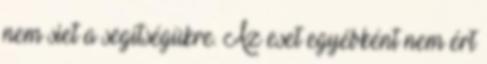
nem siet a segítségükre. Az eset egyébként nem ért